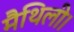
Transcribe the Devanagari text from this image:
मैथिली।